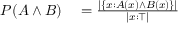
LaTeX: \begin{array} { r l } { P ( A \land B ) } & { { } = { \frac { | \{ x : A ( x ) \land B ( x ) \} | } { | x : \top | } } } \end{array}